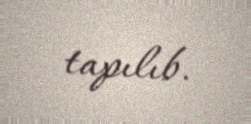
tapılıb.